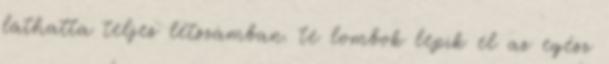
láthatta teljes létszámban. te lombok lepik el az egész